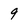
Character: 9